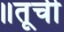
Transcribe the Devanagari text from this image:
॥तूची